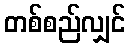
တစ်စည်လျှင်